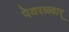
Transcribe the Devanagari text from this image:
पेयरळ्वार्